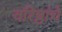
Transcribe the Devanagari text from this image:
वरिष्ठांचे